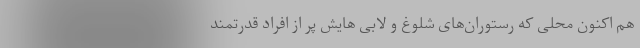
هم اکنون محلی که رستوران‌های شلوغ و لابی هایش پر از افراد قدرتمند